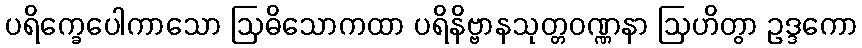
ပရိက္ခေပေါကာသော ဩဓိသောကထာ ပရိနိဗ္ဗာနသုတ္တဝဏ္ဏနာ ဩဟိတွာ ဥဒ္ဒကော